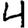
Digit: 4